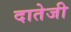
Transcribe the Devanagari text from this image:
दातेजी